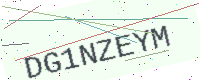
Text: DG1NZEYM